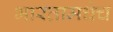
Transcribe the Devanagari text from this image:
भारतामधेच